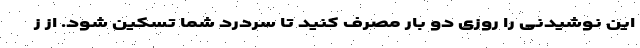
این نوشیدنی را روزی دو بار مصرف کنید تا سردرد شما تسکین شود. از ز